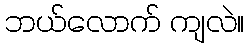
ဘယ်လောက် ကျလဲ။